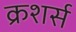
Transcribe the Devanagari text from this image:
क्रशर्स